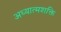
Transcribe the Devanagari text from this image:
अध्यात्मशक्ति